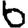
Digit: 6